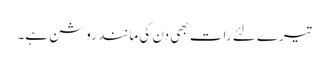
تیرے لئے رات بھی دن کی مانند روشن ہے۔